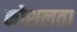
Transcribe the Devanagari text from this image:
कोशलता